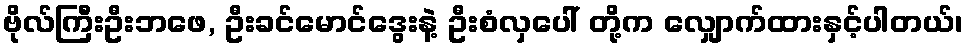
ဗိုလ်ကြီးဦးဘဖေ, ဦးခင်မောင်ဒွေးနဲ့ ဦးစံလှပေါ် တို့က လျှောက်ထားနှင့်ပါတယ်၊